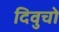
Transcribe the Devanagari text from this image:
दिवुचो